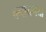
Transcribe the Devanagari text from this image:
बनायगया